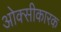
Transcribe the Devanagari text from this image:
ओक्सीकारक